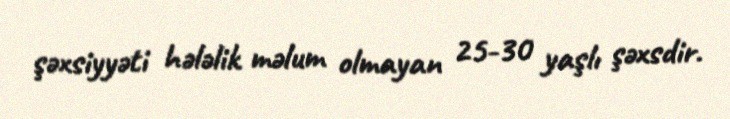
şəxsiyyəti hələlik məlum olmayan 25-30 yaşlı şəxsdir.